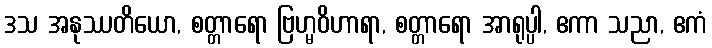
ဒသ အနုဿတိယော, စတ္တာရော ဗြဟ္မဝိဟာရာ, စတ္တာရော အာရုပ္ပါ, ဧကာ သညာ, ဧကံ